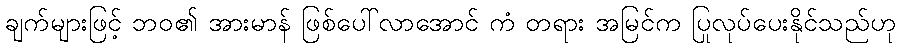
ချက်များဖြင့် ဘဝ၏ အားမာန် ဖြစ်ပေါ်လာအောင် ကံ တရား အမြင်က ပြုလုပ်ပေးနိုင်သည်ဟု